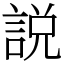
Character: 説